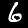
Digit: 6